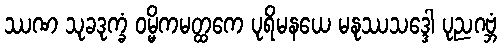
ဿဏ သုခဒုက္ခံ ဝမ္မိကမတ္ထကေ ပုရိမနယေ မနုဿသဒ္ဒေါ ပုညဂဗ္ဘံ